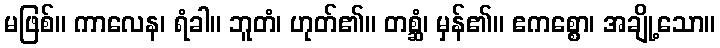
မဖြစ်။ ကာလေန၊ ရံခါ။ ဘူတံ၊ ဟုတ်၏။ တစ္ဆံ၊ မှန်၏။ ဧကစ္စော၊ အချို့သော။